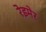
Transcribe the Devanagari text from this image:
रेइमेर